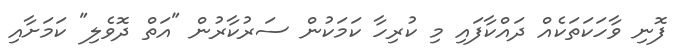
ފޮނި ވާހަކަތަކެއް ދައްކާފައި މި ކުރިހާ ކަމަކުން ސަރުކާރުން "އަތް ދޮވެލި" ކަމަށާއި